Vaccination in Burma 1912-1922 - 1912-1922
Year: 1912
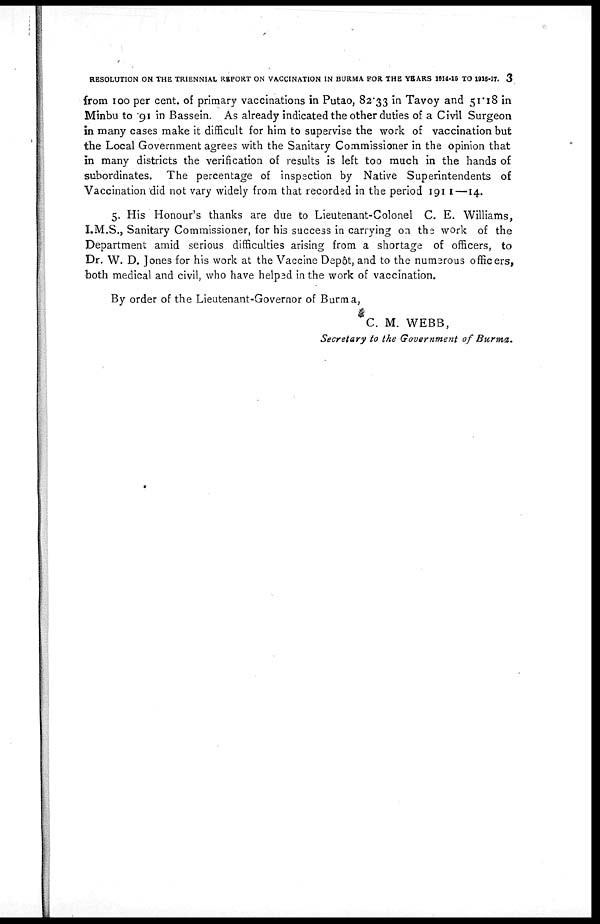
RESOLUTION ON THE TRIENNIAL REPORT ON VACCINATION IN BURMA FOR THE YEARS 1914-15 TO 1916-17. 3
from 100 per cent. of primary vaccinations in Putao, 82.33 in Tavoy and 51.18 in
Minbu to 91 in Bassein. As already indicated the other duties of a Civil Surgeon
in many cases make it difficult for him to supervise the work of vaccination but
the Local Government agrees with the Sanitary Commissioner in the opinion that
in many districts the verification of results is left too much in the hands of
subordinates. The percentage of inspection by Native Superintendents of
Vaccination did not vary widely from that recorded in the period 1911—14.
5. His Honour's thanks are due to Lieutenant-Colonel C. E. Williams,
I.M.S., Sanitary Commissioner, for his success in carrying on the work of the
Department amid serious difficulties arising from a shortage of officers, to
Dr. W. D. Jones for his work at the Vaccine Depôt, and to the numerous officers,
both medical and civil, who have helped in the work of vaccination.
By order of the Lieutenant-Governor of Burma,
C. M. WEBB,
Secretary to the Government of Burma.